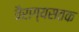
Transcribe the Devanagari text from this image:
वैराग्यसतक